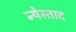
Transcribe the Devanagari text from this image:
न्येस्ताद